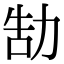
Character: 勂